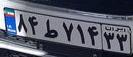
۸۴ط۷۱۴۳۳